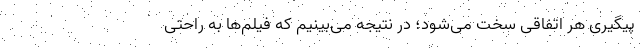
پیگیری هر اتفاقی سخت می‌شود؛ در نتیجه می‌بینیم که فیلم‌ها به راحتی